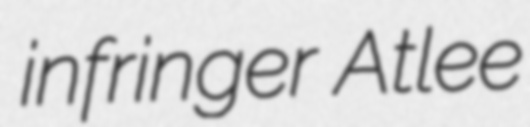
infringer Atlee